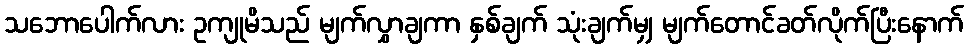
သဘောပေါက်လား ဥကျုမိသည် မျက်လွှာချကာ နှစ်ချက် သုံးချက်မျှ မျက်တောင်ခတ်လိုက်ပြီးနောက်